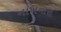
નાખનારા